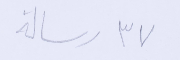
٣٧ رسالة